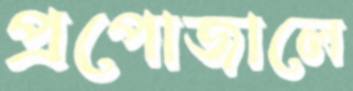
প্রপোজালে